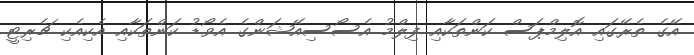
އޭގެ ތެރޭގައި އޮލިމްޕަސް ކަންތަކާއި ފިލްމު އެސޯސިއޭޝަންގެ އެވޯޑު ކަންތަކާއި އެކިއެކި ޗެރިޓީ